Annual report on the lock hospitals of the Madras Presidency
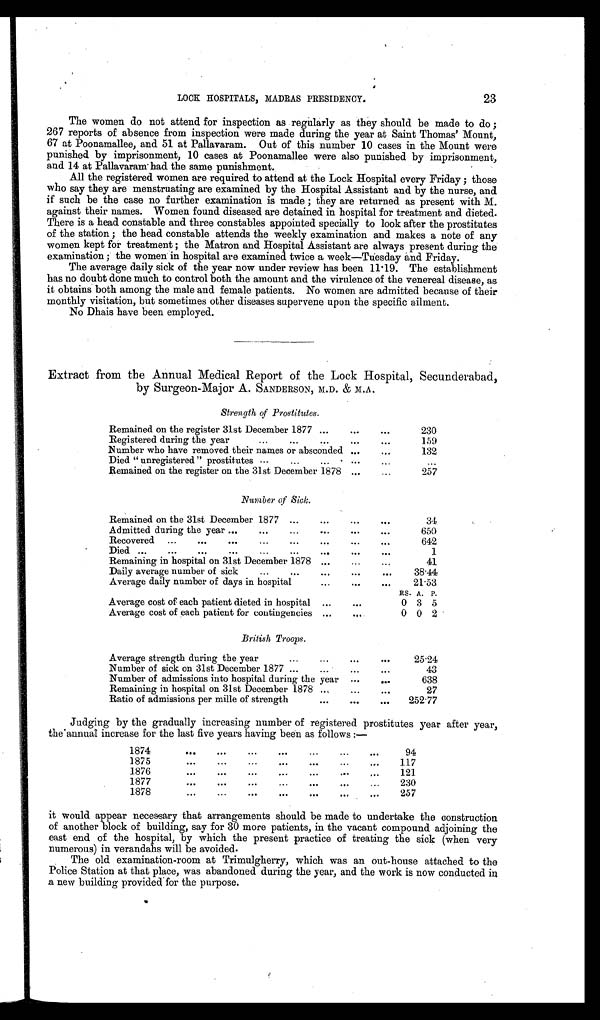
23
LOCK HOSPITALS, MADRAS PRESIDENCY.
The women do not attend for inspection as regularly as they should be made to do;
267 reports of absence from inspection were made during the year at Saint Thomas' Mount,
67 at Poonamallee, and 51 at Pallavaram. Out of this number 10 cases in the Mount were
punished by imprisonment, 10 cases at Poonamallee were also punished by imprisonment,
and 14 at Pallavaram had the same punishment.
All the registered women are required to attend at the Lock Hospital every Friday; those
who say they are menstruating are examined by the Hospital Assistant and by the nurse, and
if such be the case no further examination is made; they are returned as present with M.
against their names. Women found diseased are detained in hospital for treatment and dieted.
There is a head constable and three constables appointed specially to look after the prostitutes
of the station; the head constable attends the weekly examination and makes a note of any
women kept for treatment; the Matron and Hospital Assistant are always present during the
examination; the women in hospital are examined twice a week—Tuesday and Friday.
The average daily sick of the year now under review has been 11 . 19. The establishment
has no doubt done much to control both the amount and the virulence of the venereal disease, as
it obtains both among the male and female patients. No women are admitted because of their
monthly visitation, but sometimes other diseases supervene upon the specific ailment.
No Dhais have been employed.
Extract from the Annual Medical Report of the Lock Hospital, Secunderabad,
by Surgeon-Major A. SANDERSON, M.D. & M.A.
Strength, of Prostitutes.
Remained on the register 31st December 1877 ...
...
. . .
230
Registered during the year
...
. . .
. . .
159
Number who have removed their names or absconded ...
. . .
132
Died "unregistered" prostitutes ...
...
... ...
...
...
Remained on the register on the 31st December 1878 ...
...
257
Number of Sick.
Remained on the 31st December 1877 ...
...
...
. . .
34
Admitted during the year ...
...
...
. . .
...
650
Recovered
...
...
...
...
...
...
...
...
642
Died ...
...
...
...
...
...
. . .
1
Remaining in hospital on 31st December 1878 ...
...
41
Daily average number of sick
...
...
...
...
. . .
38·44
Average daily number of days in hospital
...
...
. . .
21·53
RS. A. P.
Average cost of each patient dieted in hospital
...
...
0 3 5
Average cost of each patient for contingencies ...
...
0 0 2
British Troops.
Average strength during the year
...
...
. . .
. . .
25·24
Number of sick on 31st December 1877 ...
...
...
. . .
43
Number of admissions into hospital during the year
...
. . .
638
Remaining in hospital on 31st December 1878 ... . . .
. . .
27
Ratio of admissions per mille of strength
...
. . .
. . .
252·77
Judging by the gradually increasing number of registered prostitutes year after year,
the annual increase for the last five years having been as follows:—
1874
...
...
...
...
...
. . .
. . .
94
1875
...
. . .
. . .
. . .
117
1876
... ... ...
. . .
121
1877
... ...
...
...
. . .
230
1878 0...
...
... . . .
. . .
257
it would appear necessary that arrangements should be made to undertake the construction
of another block of building, say for 30 more patients, in the vacant compound adjoining the
east end of the hospital, by which the present practice of treating the sick (when very
numerous) in verandahs will be avoided.
The old examination-room at Trimulgherry, which was an out-house attached to the
Police Station at that place, was abandoned during the year, and the work is now conducted in
a new building provided for the purpose.